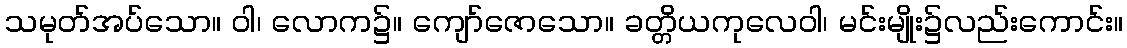
သမုတ်အပ်သော။ ဝါ၊ လောက၌။ ကျော်ဇောသော။ ခတ္တိယကုလေဝါ၊ မင်းမျိုး၌လည်းကောင်း။